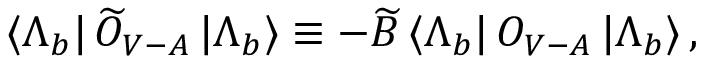
\langle \Lambda _ { b } | \, \widetilde O _ { V - A } \, | \Lambda _ { b } \rangle \equiv - \widetilde B \, \langle \Lambda _ { b } | \, O _ { V - A } \, | \Lambda _ { b } \rangle \, ,